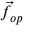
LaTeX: { \vec { f } } _ { o p }